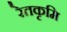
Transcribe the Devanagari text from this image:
रेतकृमि